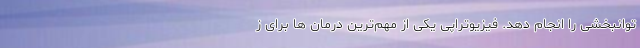
توانبخشی را انجام دهد. فیزیوتراپی یکی از مهم‌ترین درمان ها برای ز